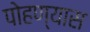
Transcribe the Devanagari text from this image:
पोहण्यास